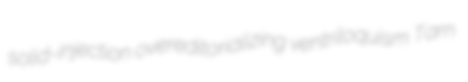
solid-injection overeditorializing ventriloquism Tarn